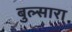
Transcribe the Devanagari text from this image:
बुल्सारा